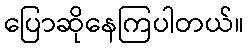
ပြောဆိုနေကြပါတယ်။